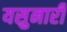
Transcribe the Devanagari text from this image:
यसुनारी